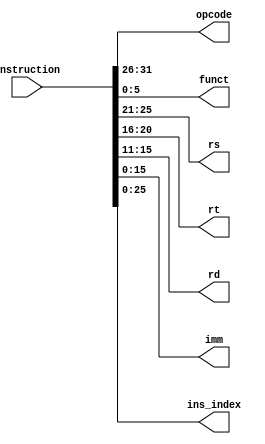
`timescale 1 ns / 1ps

module id(
    input [31:0] Instruction,
    output [5:0] opcode,
    output [5:0] funct,
    output [4:0] rs,
    output [4:0] rt,
    output [4:0] rd,
    output [15:0] imm,
    output [25:0] ins_index
);

assign {opcode, rs, rt, rd} = Instruction[31:11];
assign funct = Instruction[5:0];
assign imm = Instruction[15:0];
assign ins_index = Instruction[25:0];

endmodule // id